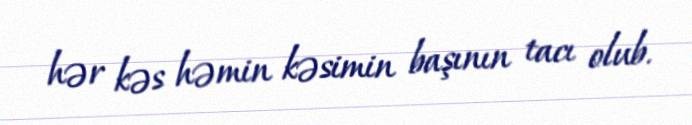
hər kəs həmin kəsimin başının tacı olub.